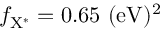
f _ { \mathrm { { X ^ { * } } } } = 0 . 6 5 ~ \mathrm { { ( e V ) ^ { 2 } } }